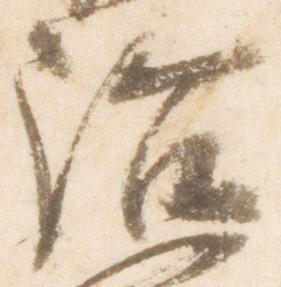
治